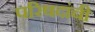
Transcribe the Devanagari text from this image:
परिषदांची